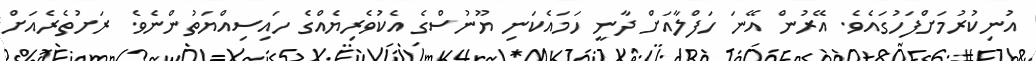
އުނިކުރުމަށްފަހުގައެވެ. އޭރުން އޭނަ ހަފްލާއަށް ދާނީ ހަމައެކަނި ޔޫނުސްގެ އެކުވެރިޔެއްގެ ހައިސިއްޔަތުންނެވެ. ރަށުތެރެއަށް